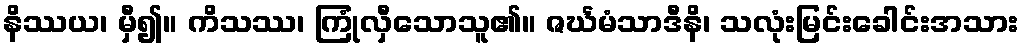
နိဿယ၊ မှီ၍။ ကိသဿ၊ ကြုံလှီသောသူ၏။ ဇင်္ဃမံသာဒီနိ၊ သလုံးမြင်းခေါင်းအသား